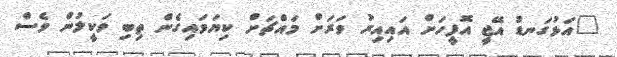
"އަޅުގަނޑު އޭޖީ އޮފީހަށް އައިއިރު ވަރަށް މައްޗަށް ކިޔަވައިގެން ތިބި ވަކީލުން ވެސް